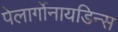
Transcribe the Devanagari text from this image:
पेलार्गोनायडिन्स